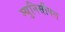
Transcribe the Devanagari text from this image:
म्युनिसीपल